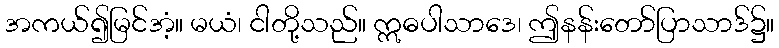
အကယ်၍မြင်အံ့။ မယံ၊ ငါတို့သည်။ ဣဓပါသာဒေ၊ ဤနန်းတော်ပြာသာဒ်၌။